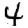
Digit: 4